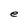
Character: e